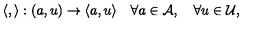
\langle , \rangle : ( a , u ) \rightarrow \langle a , u \rangle \quad \forall a \in { \cal A } , \quad \forall u \in { \cal U } ,